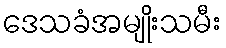
ဒေသခံအမျိုးသမီး